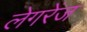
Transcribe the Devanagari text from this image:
लेगरेंज